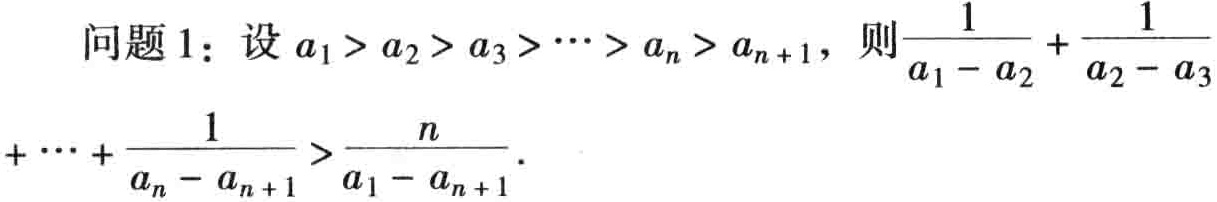
问题1：设\(a_{1}>a_{2}>a_{3}>\cdots >a_{n}>a_{n + 1}\)，则\(\frac{1}{a_{1}-a_{2}}+\frac{1}{a_{2}-a_{3}}+\cdots+\frac{1}{a_{n}-a_{n + 1}}>\frac{n}{a_{1}-a_{n + 1}}\)。